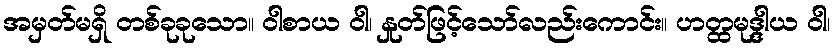
အမှတ်မရှိ တစ်ခုခုသော။ ဝါစာယ ဝါ၊ နှုတ်ဖြင့်သော်လည်းကောင်း။ ဟတ္ထမုဒ္ဒါယ ဝါ၊